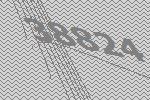
38824